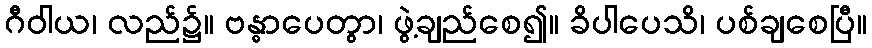
ဂီဝါယ၊ လည်၌။ ဗန္ဓာပေတွာ၊ ဖွဲ့ချည်စေ၍။ ခိပါပေသိ၊ ပစ်ချစေပြီ။